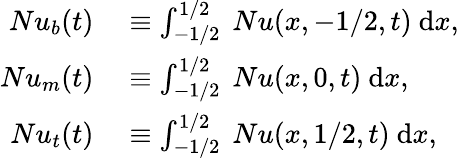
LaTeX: \begin{array}{rl}{Nu_{b}(t)}&{{}\equiv\int_{-1/2}^{1/2}~Nu(x,-1/2,t)~\mathrm{d}x,}\\ {Nu_{m}(t)}&{{}\equiv\int_{-1/2}^{1/2}~Nu(x,0,t)~\mathrm{d}x,}\\ {Nu_{t}(t)}&{{}\equiv\int_{-1/2}^{1/2}~Nu(x,1/2,t)~\mathrm{d}x,}\end{array}